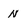
Character: n